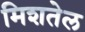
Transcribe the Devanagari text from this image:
मिशतेल